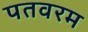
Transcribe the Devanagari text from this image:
पतवरम